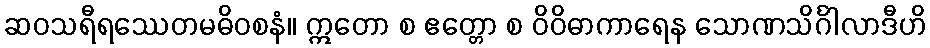
ဆဝသရီရဿေတမဓိဝစနံ။ ဣတော စ ဧတ္တော စ ဝိဝိဓာကာရေန သောဏသိင်္ဂါလာဒီဟိ